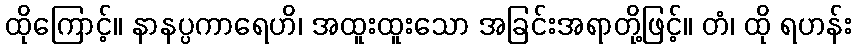
ထိုကြောင့်။ နာနပ္ပကာရေဟိ၊ အထူးထူးသော အခြင်းအရာတို့ဖြင့်။ တံ၊ ထို ရဟန်း